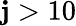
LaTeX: \mathbf{j}>10